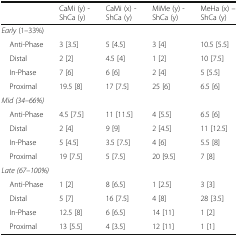
<table><thead><tr><td></td><td><b>CaMi (y) - ShCa (y)</b></td><td><b>CaMi (x) - ShCa (y)</b></td><td><b>MiMe (y) - ShCa (y)</b></td><td><b>MeHa (x) – ShCa (y)</b></td></tr></thead><tbody><tr><td colspan="5"><i>Early</i> (1–33%)</td></tr><tr><td> Anti-Phase</td><td>3 [3.5]</td><td>5 [4.5]</td><td>3 [4]</td><td>10.5 [5.5]</td></tr><tr><td> Distal</td><td>2 [2]</td><td>4.5 [4]</td><td>1 [2]</td><td>10 [7.5]</td></tr><tr><td> In-Phase</td><td>7 [6]</td><td>6 [6]</td><td>2 [4]</td><td>5 [5.5]</td></tr><tr><td> Proximal</td><td>19.5 [8]</td><td>17 [7.5]</td><td>25 [6]</td><td>6.5 [6]</td></tr><tr><td colspan="5"><i>Mid (34–66%)</i></td></tr><tr><td> Anti-Phase</td><td>4.5 [7.5]</td><td>11 [11.5]</td><td>4 [5.5]</td><td>6.5 [6]</td></tr><tr><td> Distal</td><td>2 [4]</td><td>9 [9]</td><td>2 [4.5]</td><td>11 [12.5]</td></tr><tr><td> In-Phase</td><td>5 [4.5]</td><td>3.5 [7.5]</td><td>4 [6]</td><td>5.5 [8]</td></tr><tr><td> Proximal</td><td>19 [7.5]</td><td>5 [7.5]</td><td>20 [9.5]</td><td>7 [8]</td></tr><tr><td colspan="5"><i>Late (67–100%)</i></td></tr><tr><td> Anti-Phase</td><td>1 [2]</td><td>8 [6.5]</td><td>1 [2.5]</td><td>3 [3]</td></tr><tr><td> Distal</td><td>5 [7]</td><td>16 [7.5]</td><td>4 [8]</td><td>28 [3.5]</td></tr><tr><td> In-Phase</td><td>12.5 [8]</td><td>6 [6.5]</td><td>14 [11]</td><td>1 [2]</td></tr><tr><td> Proximal</td><td>13 [5.5]</td><td>4 [3.5]</td><td>12 [11]</td><td>1 [1]</td></tr></tbody></table>